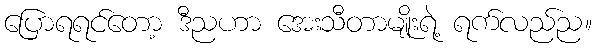
ပြောရရင်တော့ ဒီညဟာ အေးသီတာမျိုးရဲ့ ရက်လည်ည။